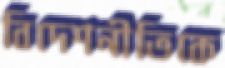
বিদেশনীতিকে